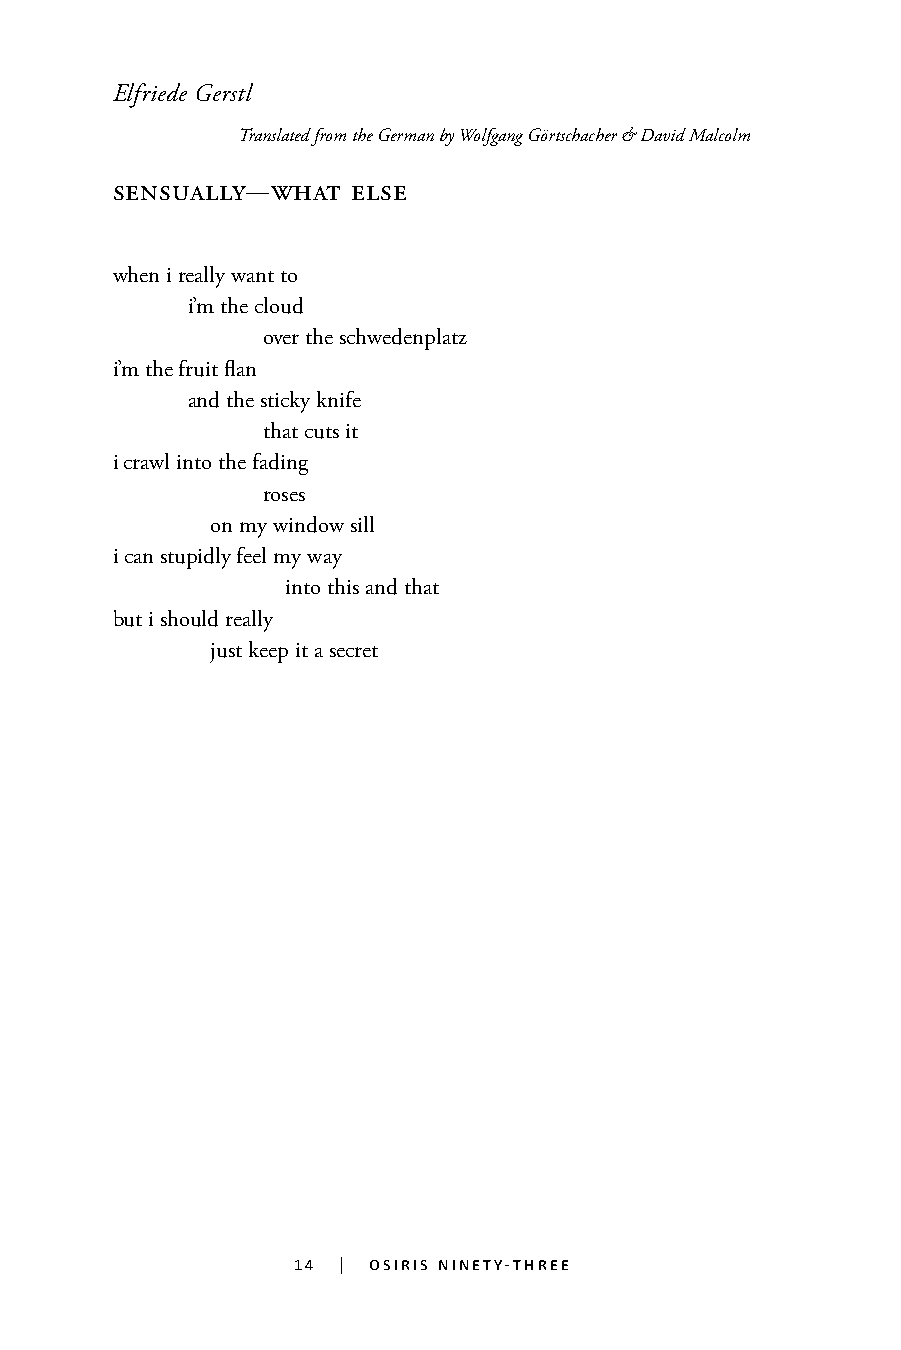
Elfriede Gerstl
 Translated from the German by Wolfgang Görtschacher & David Malcolm
 sensually-what  else
 when i really want to
 i’m the cloud
 over the schwedenplatz
 i’m the fruit flan
 and the sticky knife
 that cuts it
 i crawl into the fading
 roses
 on my window sill
 i can stupidly feel my way
 into this and that
 but i should really
 just keep it a secret
 14 | osiris ninety-three